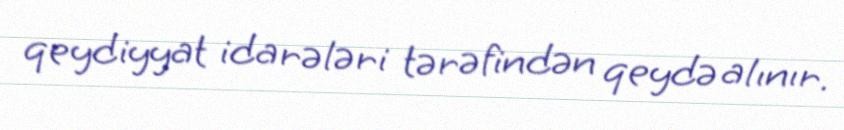
qeydiyyat idarələri tərəfindən qeydə alınır.